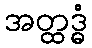
အတ္ထဒ္ဓံ